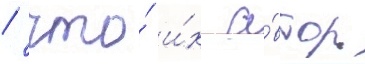
/ что́ и́х а́втор